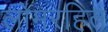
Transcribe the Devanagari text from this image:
लोमरहित